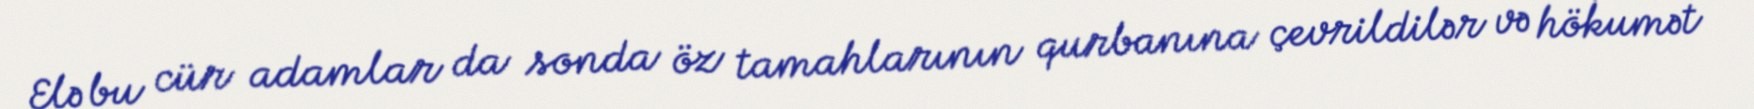
Elə bu cür adamlar da sonda öz tamahlarının qurbanına çevrildilər və hökumət